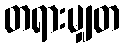
တရားမျှတ